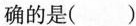
确的是()